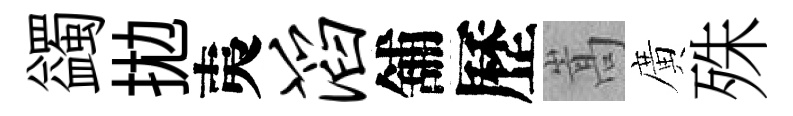
蠲拋夷滔舖歷嵩廣殊